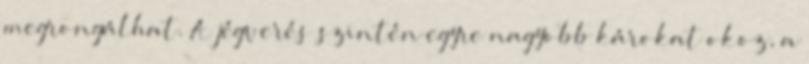
megrongálhat. A jégverés szintén egyre nagyobb károkat okoz, a